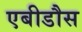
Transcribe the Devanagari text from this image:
एबीडौस